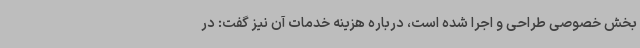
بخش خصوصی طراحی و اجرا شده است، درباره هزینه خدمات آن نیز گفت: در